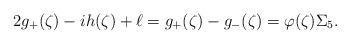
LaTeX: \begin{align*}2g_+(\zeta) -ih(\zeta) + \ell = g_+(\zeta) - g_-(\zeta) = \varphi(\zeta) \Sigma_5.\end{align*}